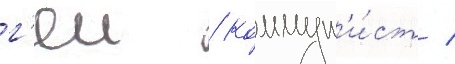
г'еи / коммун'и́ст /